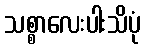
သစ္စာလေးပါးသိပုံ